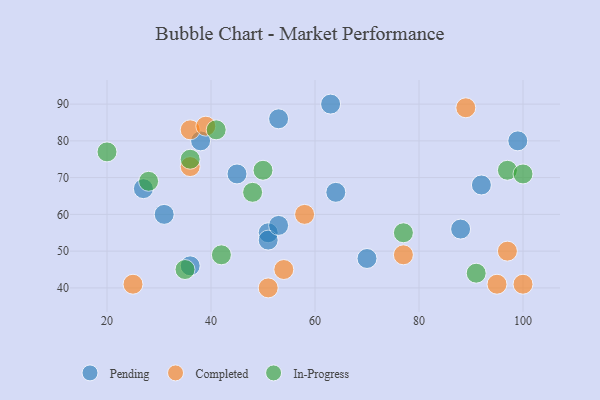
{"axis": {"x": "GDP", "y": "Life Expectancy"}, "legend": ["Completed", "In-Progress", "Pending"], "data": [{"x": "51", "y": 55, "type": "Pending"}, {"x": "31", "y": 60, "type": "Pending"}, {"x": "51", "y": 53, "type": "Pending"}, {"x": "53", "y": 57, "type": "Pending"}, {"x": "88", "y": 56, "type": "Pending"}, {"x": "36", "y": 46, "type": "Pending"}, {"x": "92", "y": 68, "type": "Pending"}, {"x": "27", "y": 67, "type": "Pending"}, {"x": "38", "y": 80, "type": "Pending"}, {"x": "99", "y": 80, "type": "Pending"}, {"x": "70", "y": 48, "type": "Pending"}, {"x": "45", "y": 71, "type": "Pending"}, {"x": "64", "y": 66, "type": "Pending"}, {"x": "63", "y": 90, "type": "Pending"}, {"x": "53", "y": 86, "type": "Pending"}, {"x": "89", "y": 89, "type": "Completed"}, {"x": "97", "y": 50, "type": "Completed"}, {"x": "36", "y": 83, "type": "Completed"}, {"x": "36", "y": 73, "type": "Completed"}, {"x": "58", "y": 60, "type": "Completed"}, {"x": "54", "y": 45, "type": "Completed"}, {"x": "25", "y": 41, "type": "Completed"}, {"x": "39", "y": 84, "type": "Completed"}, {"x": "100", "y": 41, "type": "Completed"}, {"x": "77", "y": 49, "type": "Completed"}, {"x": "51", "y": 40, "type": "Completed"}, {"x": "95", "y": 41, "type": "Completed"}, {"x": "97", "y": 72, "type": "In-Progress"}, {"x": "48", "y": 66, "type": "In-Progress"}, {"x": "91", "y": 44, "type": "In-Progress"}, {"x": "20", "y": 77, "type": "In-Progress"}, {"x": "28", "y": 69, "type": "In-Progress"}, {"x": "41", "y": 83, "type": "In-Progress"}, {"x": "50", "y": 72, "type": "In-Progress"}, {"x": "77", "y": 55, "type": "In-Progress"}, {"x": "100", "y": 71, "type": "In-Progress"}, {"x": "36", "y": 75, "type": "In-Progress"}, {"x": "42", "y": 49, "type": "In-Progress"}, {"x": "35", "y": 45, "type": "In-Progress"}]}